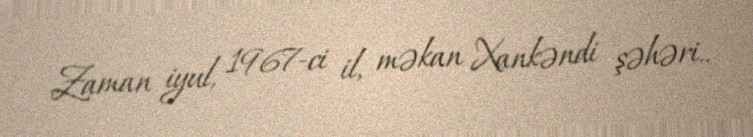
Zaman iyul, 1967-ci il, məkan Xankəndi şəhəri..